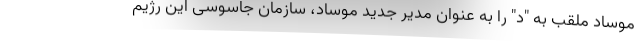
موساد ملقب به "د" را به عنوان مدیر جدید موساد، سازمان جاسوسی این رژیم